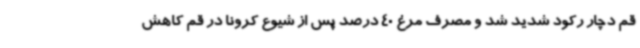
قم دچار رکود شدید شد و مصرف مرغ 40 درصد پس از شیوع کرونا در قم کاهش